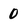
Character: 0